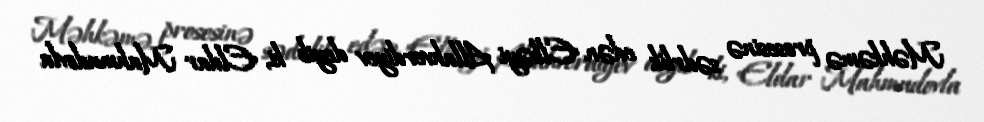
Məhkəmə prosesinə sədrlik edən Elbəyi Allahverdiyev deyib ki, Eldar Mahmudovla